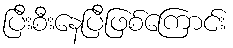
ပြီးစီးနေပြီဖြစ်ကြောင်း